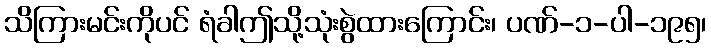
သိကြားမင်းကိုပင် ရံခါဤသို့သုံးစွဲထားကြောင်း၊ ပဏ်-၁-ပါ-၁၉၅၊